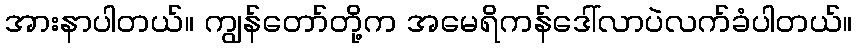
အားနာပါတယ်။ ကျွန်တော်တို့က အမေရိကန်ဒေါ်လာပဲလက်ခံပါတယ်။